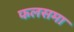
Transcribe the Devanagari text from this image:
फलसमा